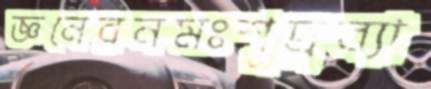
জ্ঞনেরনমঃশূদ্র্রব্যা